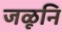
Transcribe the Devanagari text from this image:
जळूनि